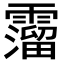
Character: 𩆎